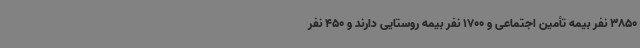
3850 نفر بیمه تأمین اجتماعی و 1700 نفر بیمه روستایی دارند و 450 نفر